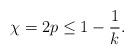
LaTeX: \begin{align*} \chi = 2 p \leq 1-\frac 1k.\end{align*}